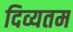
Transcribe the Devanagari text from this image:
दिव्यतम